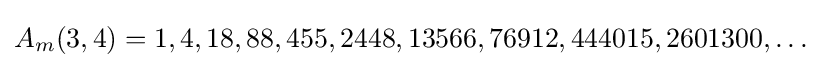
A_{m}(3,4)=1,4,18,88,455,2448,13566,76912,444015,2601300,\ldots